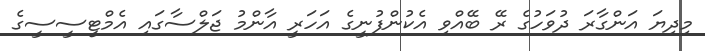
މިދިޔަ އަންގާރަ ދުވަހުގެ ރޭ ބޭއްވި އެކުންފުނީގެ އަހަރީ އާންމު ޖަލްސާގައި އެމްޓީސީސީގެ